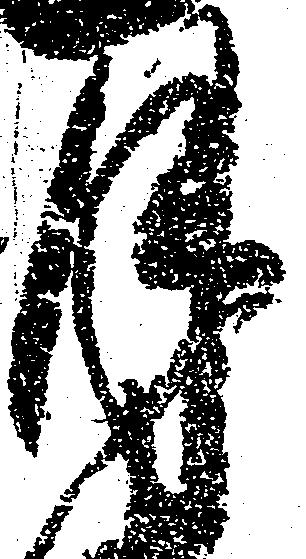
月